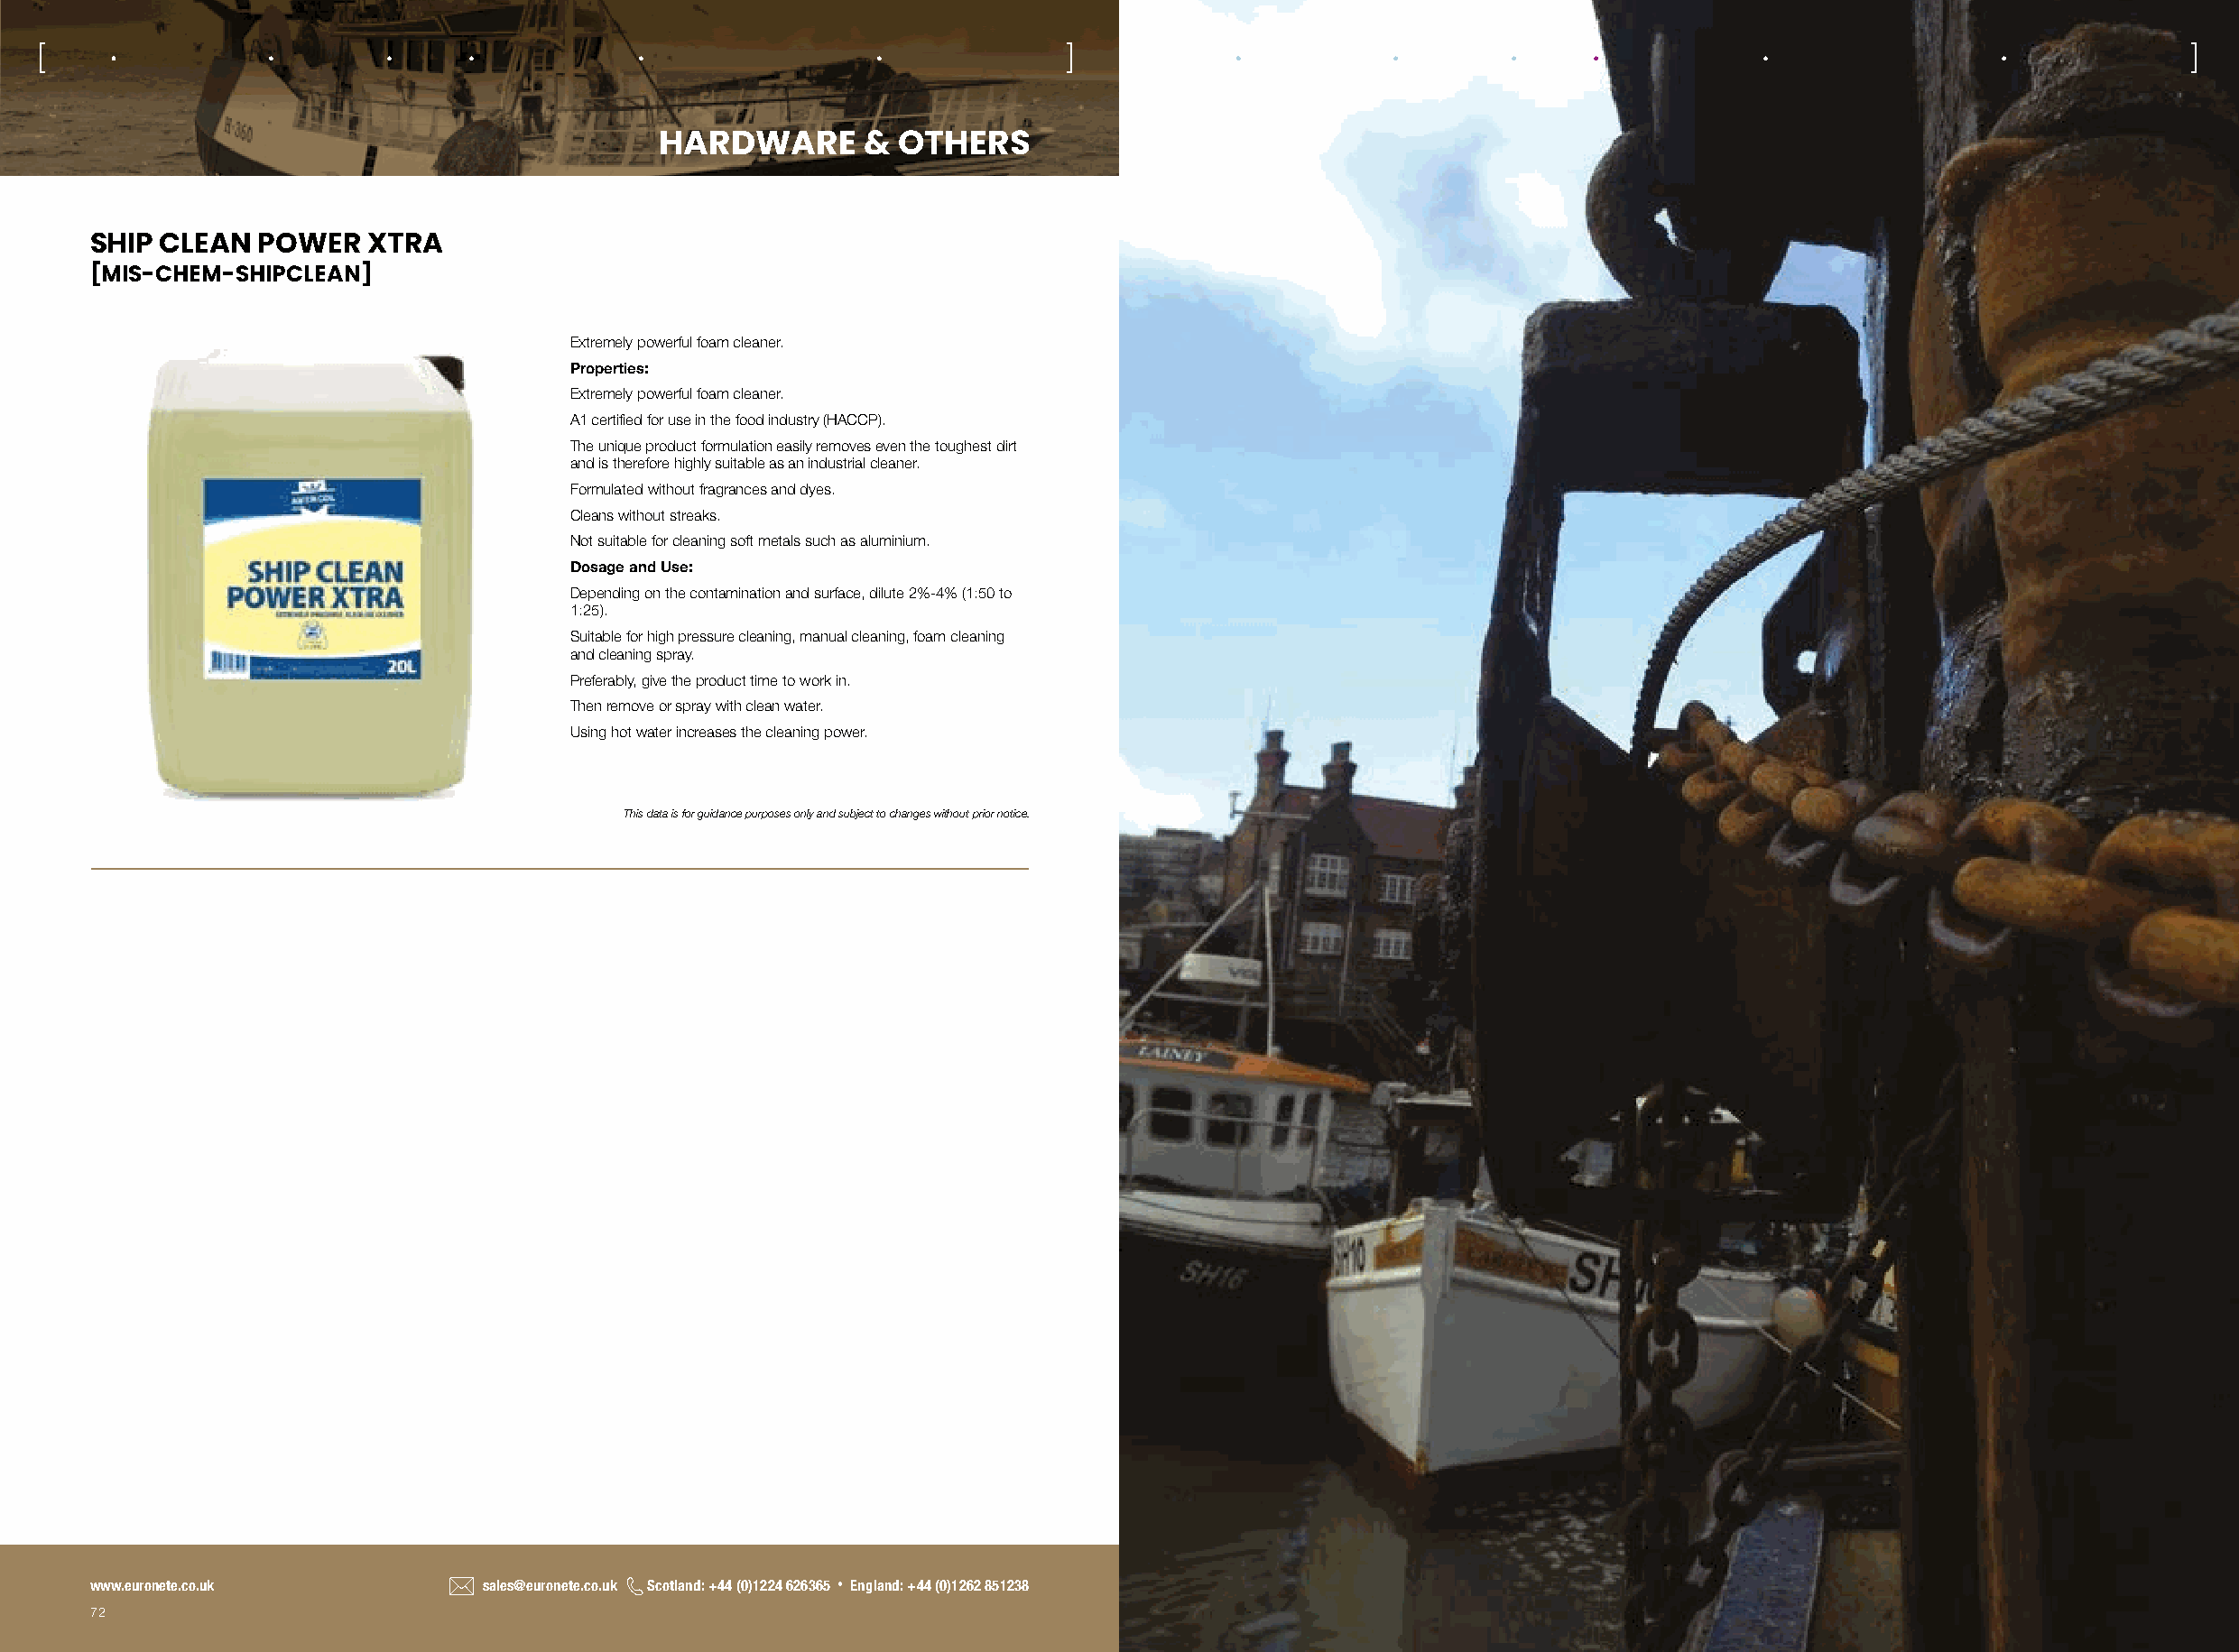
[                                                                          ]      [                                                                           ]
 HARDWARE       &  OTHERS
 SHIP CLEAN  POWER   XTRA
 [MIS-CHEM-SHIPCLEAN]
 Extremely powerful foam cleaner.
 Properties:
 Extremely powerful foam cleaner.
 A1 certified for use in the food industry (HACCP).
 The unique product formulation easily removes even the toughest dirt
 and is therefore highly suitable as an industrial cleaner.
 Formulated without fragrances and dyes.
 Cleans without streaks.
 Not suitable for cleaning soft metals such as aluminium.
 Dosage and Use:
 Depending on the contamination and surface, dilute 2%-4% (1:50 to
 1:25).
 Suitable for high pressure cleaning, manual cleaning, foam cleaning
 and cleaning spray.
 Preferably, give the product time to work in.
 Then remove or spray with clean water.
 Using hot water increases the cleaning power.
 This data is for guidance purposes only and subject to changes without prior notice.
 www.euronete.co.uk          sales@euronete.co.uk Scotland: +44 (0)1224 626365 • England: +44 (0)1262 851238
 72